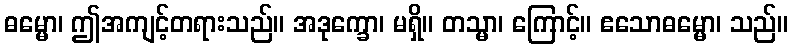
ဓမ္မော၊ ဤအကျင့်တရားသည်။ အဒုက္ခော၊ မရှိ။ တသ္မာ၊ ကြောင့်။ ဧသောဓမ္မော၊ သည်။